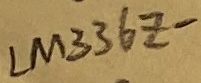
Text: LM336Z